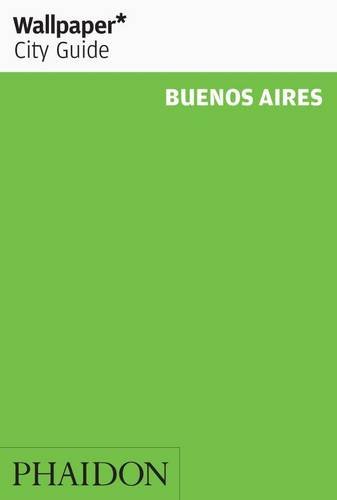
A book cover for Wallpaper* City Guide Buenos Aires 2014 (Wallpaper City Guides); Travel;